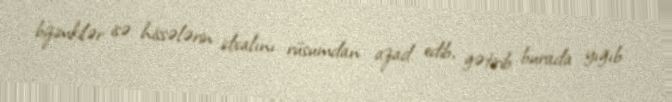
bizimkilər isə hissələrin idxalını rüsumdan azad edib, gətirib burada yığıb